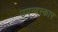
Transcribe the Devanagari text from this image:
उपन्यस्कार